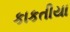
કાકતીયા